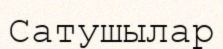
Сатушылар